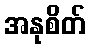
အနုစိတ်